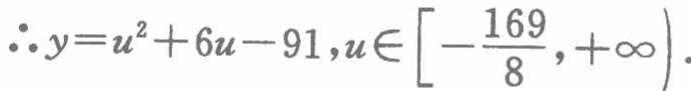
\(\therefore y = u^{2}+6u - 91, u\in\left[-\frac{169}{8},+\infty\right).\)